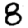
Digit: 8